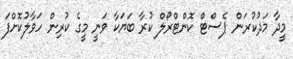
މީދާ މަދުކުރަން ޕެސްޓް ކޮންޓްރޯލް ކުރާ ބަޔަކާ ވަނީ މީގެ ކުރިން ހަވާލުކޮށްފަ